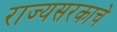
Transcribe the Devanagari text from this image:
राज्यसरकाचे